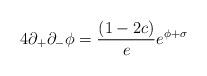
LaTeX: \begin{align*}4\partial_{+}\partial_{-} \phi={(1-2c) \over e} e^{\phi+\sigma}\end{align*}